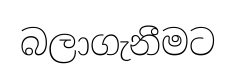
බලාගැනීමට